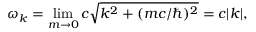
\omega _ { k } = \operatorname* { l i m } _ { m \to 0 } c \sqrt { k ^ { 2 } + ( m c / \hbar ) ^ { 2 } } = c | k | ,